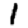
Digit: 1